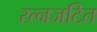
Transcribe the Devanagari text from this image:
रत्नजटित